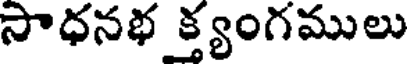
సాధనభ క్త్యంగములు